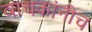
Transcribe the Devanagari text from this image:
वाचकांनीच